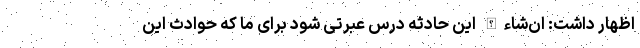
اظهار داشت: ان‌شاءالله این حادثه درس عبرتی شود برای ما که حوادث این